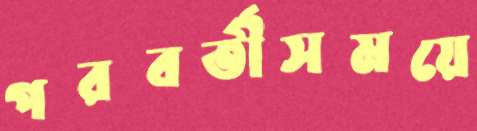
পরবর্তীসময়ে